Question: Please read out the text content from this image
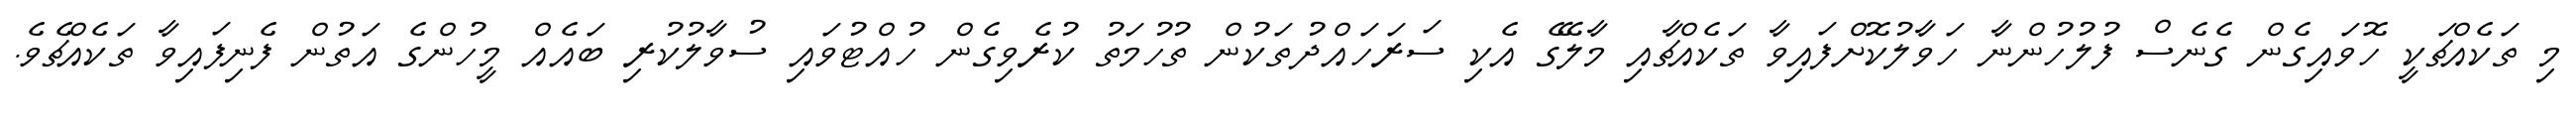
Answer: މި ތަކެއްޗަކީ ހޮވައިގެން ގެނެސް ފުލުހުންނާ ހަވާލުކޮށްފައިވާ ތަކެއްޗާއި މާލޭގެ އެކި ސަރަހައްދުތަކުން ތުހުމަތު ކުރެވިގެން ހުއްޓުވައި ސުވާލުކުރި ބައެއް މީހުންގެ އަތުން ފެނިފައިވާ ތަކެއްޗެވެ.